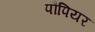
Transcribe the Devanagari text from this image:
पौपियर